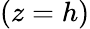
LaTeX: (z=h)